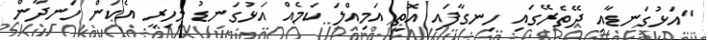
"އަޅުގަނޑާއި ދޭތެރޭގައި ހިނގާފައި އޮތީ އަމިއްލަ ކަމެއް އަޅުގަނޑު މިހިރީ އެކަން ހަނދާން